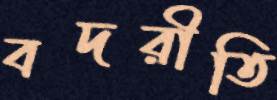
বদরীতি